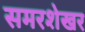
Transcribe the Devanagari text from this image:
समरशेखर